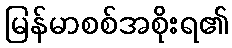
မြန်မာစစ်အစိုးရ၏